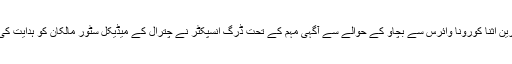
درین اثنا کورونا وائرس سے بچاو کے حوالے سے آگہی مہم کے تحت ڈرگ انسپکٹر نے چترال کے میڈیکل سٹور مالکان کو ہدایت کی ۔